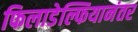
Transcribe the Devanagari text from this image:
फिलाडेल्फियानंतर